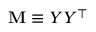
\mathbf { M } \equiv Y Y ^ { \top }